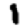
Digit: 1